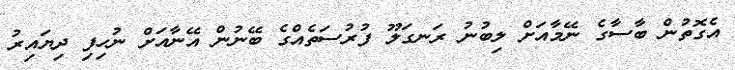
އެގޮތުން ބާސާގެ ނޭމާއަށް ލިބުނު ރަނގަލޫ ފުރުސަތެއްގެ ބޭނުން އޭނާއަށް ނުހިފި ދިޔައިރު